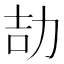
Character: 劼